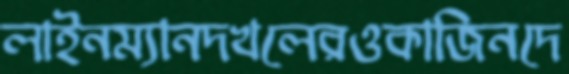
লাইনম্যানদখলেরওকাজিনদে